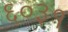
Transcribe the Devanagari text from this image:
६०३१